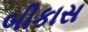
બીકાસ